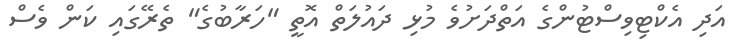
އަދި އެކްޓިވިސްޓުންގެ އަތްދަށުވެ މުޅި ދައުލަތް އޮތީ "ހަރާބުގެ" ތެރޭގައި ކަން ވެސް